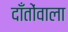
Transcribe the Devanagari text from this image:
दाँतोंवाला